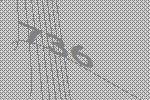
736